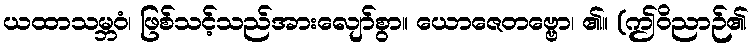
ယထာသမ္ဘဝံ၊ ဖြစ်သင့်သည်အားလျော်စွာ။ ယောဇေတဗ္ဗော၊ ၏။ (ဤဝိညာဉ်၏